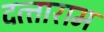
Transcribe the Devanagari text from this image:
दत्‍ताराम